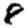
Digit: 8